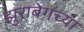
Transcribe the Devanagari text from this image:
झुराबेगच्या